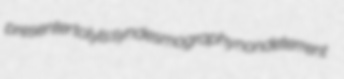
presenter tolyls syndesmography nondeterrent